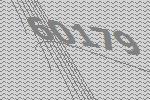
60179